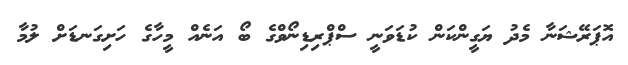
އޮޕަރޭޝަނާ މެދު ޔަގީންކަން ކުޑަވަނީ ސްޕްރިޑިނޯވްގެ ބޯ އަނެއް މީހާގެ ހަށިގަނޑަށް ލުމާ